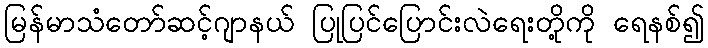
မြန်မာသံတော်ဆင့်ဂျာနယ် ပြုပြင်ပြောင်းလဲရေးတို့ကို ရေနစ်၍